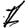
Digit: 1